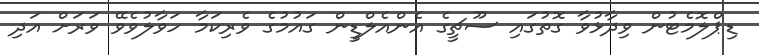
ޑިޕްލޮމެޓުން ވިދާޅުވާ ގޮތުގައި ސޫޗީގެ އެންއެލްޑީން ގައުމުގެ ވެރިކަމާ ހަވާލުވެވޭ ވަރަށް އަދި